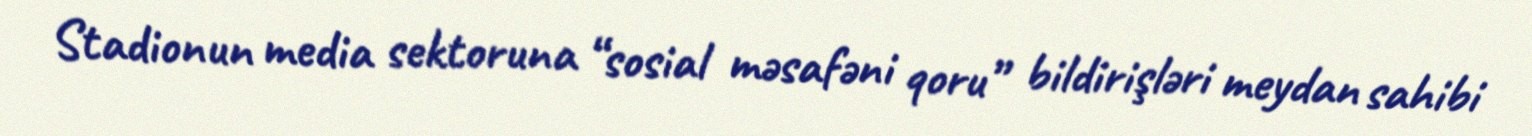
Stadionun media sektoruna “sosial məsafəni qoru” bildirişləri meydan sahibi